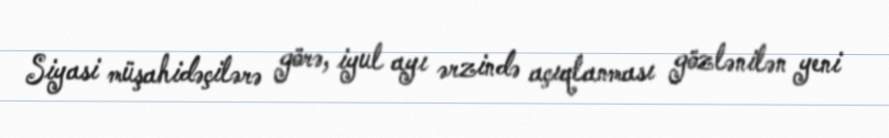
Siyasi müşahidəçilərə görə, iyul ayı ərzində açıqlanması gözlənilən yeni